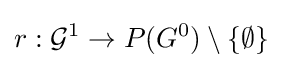
r:{\mathcal {G}}^{1}\to P(G^{0})\setminus \{\emptyset \}